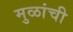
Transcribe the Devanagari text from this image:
मुळांची